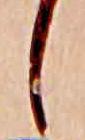
し